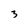
Character: 3